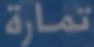
تمارَة